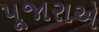
પૂજારાએ